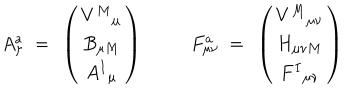
A _ { \mu } ^ { a } ~ = ~ \left( \begin{matrix} { { V ^ { M } { } _ { \mu } } } \\ { { B _ { \mu M } } } \\ { { A ^ { I } { } _ { \mu } } } \\ \end{matrix} \right) { } ~ F _ { \mu \nu } ^ { a } ~ = ~ \left( \begin{matrix} { { V ^ { M } { } _ { \mu \nu } } } \\ { { H _ { \mu \nu M } } } \\ { { F ^ { I } { } _ { \mu \nu } } } \\ \end{matrix} \right)